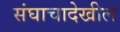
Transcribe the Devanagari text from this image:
संघाचादेखील